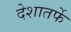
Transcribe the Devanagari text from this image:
देशातर्फे